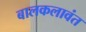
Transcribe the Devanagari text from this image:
बालकलावंत